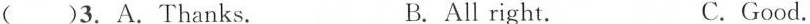
( )3. A.Thanks. B. All right. C.Good.